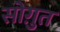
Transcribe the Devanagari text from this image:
सोग़ुत